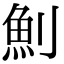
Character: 魝